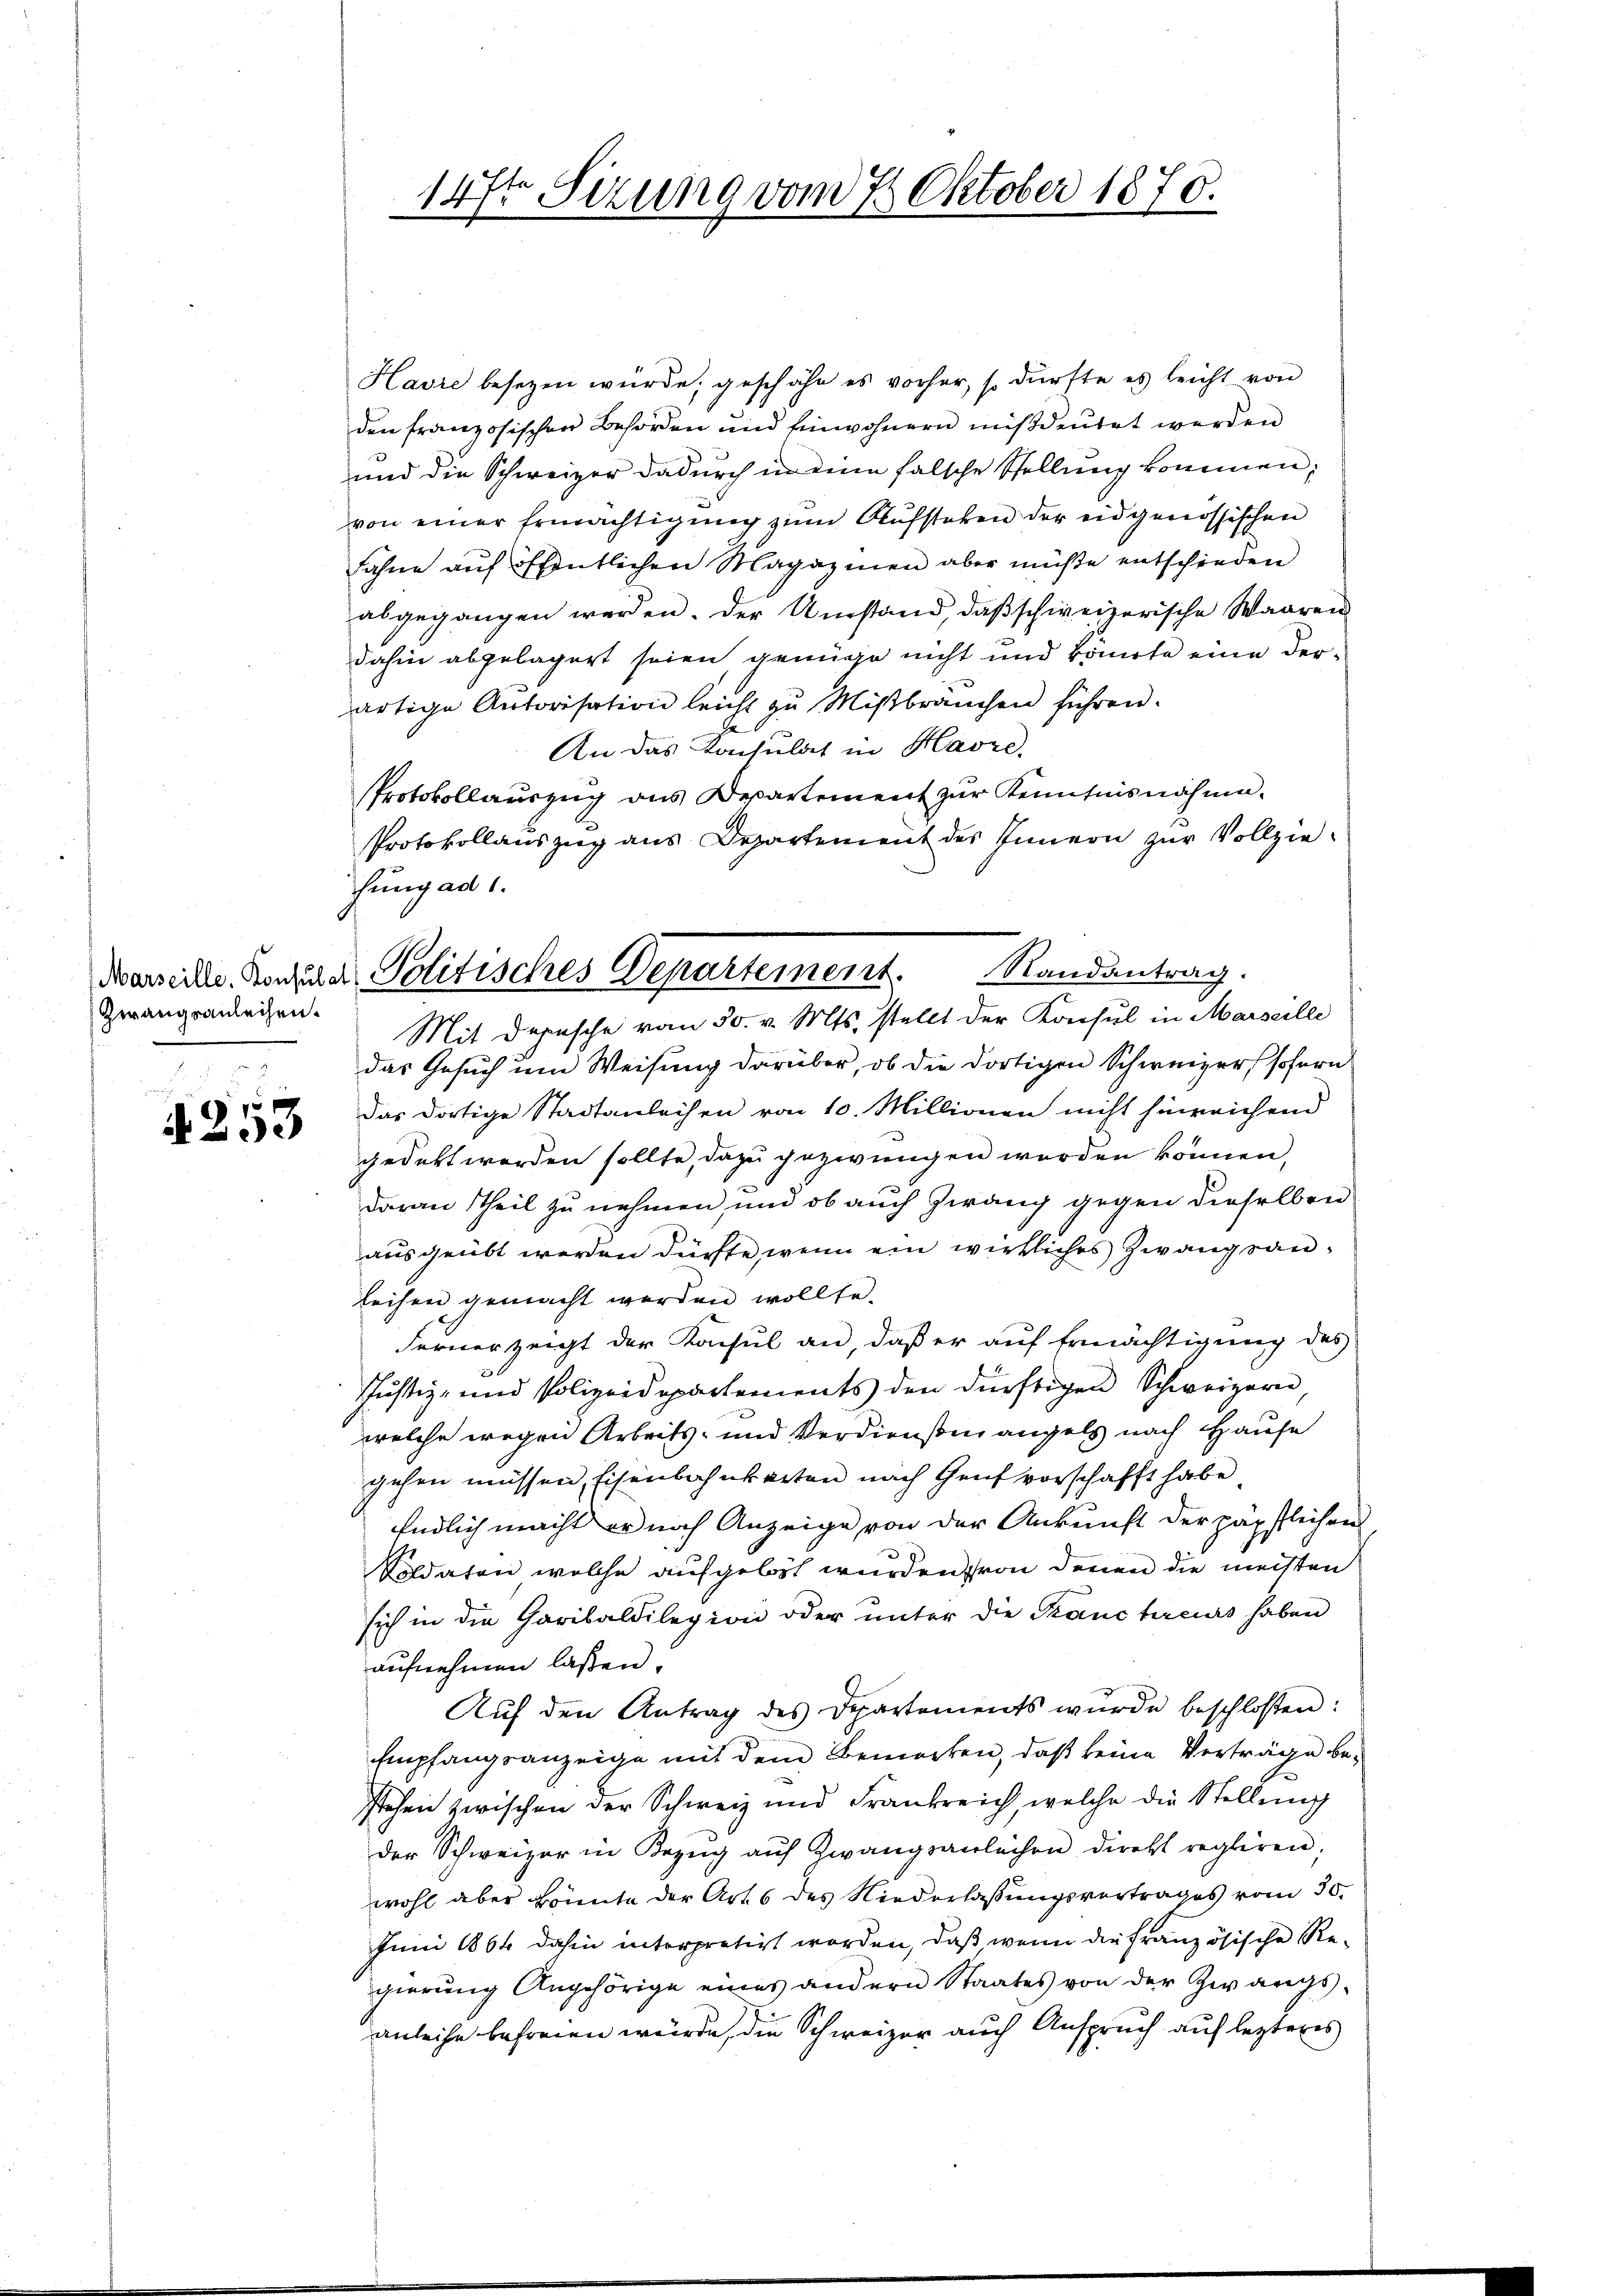
Zwangsanleihen.

f x
42de

147t Sizung vom 7. Oktober 1870.

Havre besezen würde, geschähe es vorher, so dürfte es leicht von
den französischen Behörden und Einwohnern mißdeutet werden
und die Schweizer dadurch in eine falsche Stellung kommen;
von einer Ermächtigung zum Aufstehen der eidgenössischen
Fahne auf öffentlichen Magazinen aber müße entschieden
abgegangen werden. Der Umstand, daß schweizerische Waaren
dahin abgelagert seien genüge nicht und könnte eine derartige Autorisation leicht zu Mißbrauchen führen.
An das Konsulat in Havre.
PProtokollauszug aus Departement zur Kenntnisnahme.
Protokollauszug aus Departement des Innern zur Vollziehung ad 1.
das Gesuch um Weisung darüber, ob die dortigen Schweizer sofern
das dortige Stadtanleihen von 10. Millionen nicht hinreichend
gedekt werden sollte, dazu gezwungen werden können,
daran Theil zu nehmen, und ob auch Zwang gegen dieselben
ausgeübt werden dürfte, wenn ein wirkliches Zwangsanleihen gemacht werden wollte.
Ferner zeigt der Konsul an, daß er auf Ermächtigung des
Justiz- und Polizeidepartements den dürftigen Schweizern
welche wegen Arbeits- und Verdiensten angels nach Hause
gehen müssen, Eisenbahnkarten nach Genf vorschafft habe
Endlich macht er noch Anzeige von der Ankunft der päpstlichen
Soldaten welche aufgelegt wurden von denen die meisten
sich in die Garibaldilegion oder ŭnter die Kranchreurs haben
aufnehmen laßen.
Auf den Antrag des Departements wurde beschloßen:
Empfangsanzeige mit dem Bemerken, daß keine Verträge bestehen zwischen der Schweiz und Frankreich, welche die Stellung
der Schweizer in Bezŭg aŭf Zwangsanleihen dirett regliren,
wohl aber könnte der Art. 6 des Niederlassungsvertrages vom 30.
Juni 1864 dahin interpretirt worden, daß, wenn die französische Regierŭng Angehörige eines andern Staates von der Zwangsanleihe befreien würde, die Schweizer auch Anspruch auf lezteres

Marseite Konzere Politisches Departement. Randantrag.
Mit Depesche vom 30. v. Mts. stellt der Konsul in Marseilli